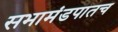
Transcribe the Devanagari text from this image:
सभामंडपातच